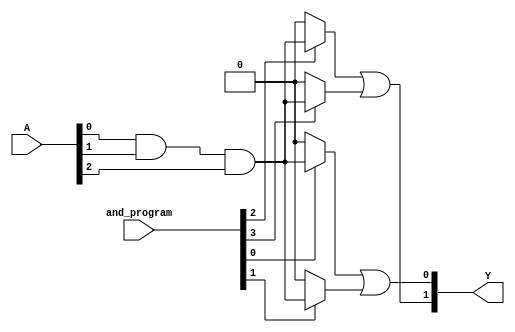
module SPAL #(
    parameter NUM_AND_GATES = 4,
    parameter NUM_INPUTS = 3,
    parameter NUM_OUTPUTS = 2
) (
    input wire [NUM_INPUTS-1:0] A,   // Input signals
    input wire [NUM_AND_GATES-1:0] and_program,  // Programmable connections for AND gates
    output wire [NUM_OUTPUTS-1:0] Y   // Output signals
);

// Internal signals for AND gate outputs
wire [NUM_AND_GATES-1:0] and_out;

// Implementing AND gates
genvar i;
generate
    for (i = 0; i < NUM_AND_GATES; i = i + 1) begin: and_gate
        assign and_out[i] = and_program[i] ? (A[0] & A[1] & A[2]) : 1'b0; // Example product term
    end
endgenerate

// Implementing a fixed OR array
assign Y[0] = and_out[0] | and_out[1]; // Output 1
assign Y[1] = and_out[2] | and_out[3]; // Output 2

endmodule